Lunatic asylums Madras 1877-1891 - 1877-1891
Year: 1877
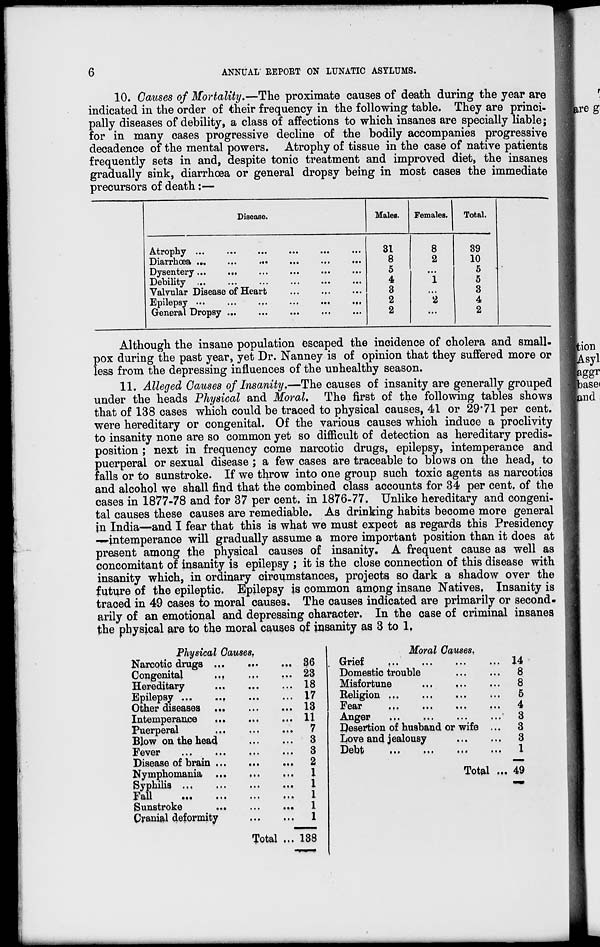
6
ANNUAL REPORT ON LUNATIC ASYLUMS.
10. Causes of Mortality.—The proximate causes of death during the year are
indicated in the order of their frequency in the following table. They are princi-
pally diseases of debility, a class of affections to which insanes are specially liable;
for in many cases progressive decline of the bodily accompanies progressive
decadence of the mental powers. Atrophy of tissue in the case of native patients
frequently sets in and, despite tonic treatment and improved diet, the insanes
gradually sink, diarrhoea or general dropsy being in most cases the immediate
precursors of death:—
Disease.
Atrophy
...
...
...
...
...
...
Diarrhœa ...
...
...
...
...
...
Dysentery...
...
...
...
...
...
Debility ...
...
... ... ... ...
Valvular Disease of Heart
...
...
...
Epilepsy
...
...
...
...
...
...
General Dropsy
...
...
...
...
...
Males.
31
8
5
4
3
2
2
Females.
8
2
...
1
...
2
...
Total.
39
10
5
5
3
4
2
Although the insane population escaped the incidence of cholera and small-
pox during the past year, yet Dr. Nanney is of opinion that they suffered more or
less from the depressing influences of the unhealthy season.
11. Alleged Causes of Insanity.—The causes of insanity are generally grouped
under the heads Physical and Moral. The first of the following tables shows
that of 138 cases which could be traced to physical causes, 41 or 29.71 per cent.
were hereditary or congenital. Of the various causes which induce a proclivity
to insanity none are so common yet so difficult of detection as hereditary predis-
position ; next in frequency come narcotic drugs, epilepsy, intemperance and
puerperal or sexual disease ; a few cases are traceable to blows on the head, to
falls or to sunstroke. If we throw into one group such toxic agents as narcotics
and alcohol we shall find that the combined class accounts for 34 per cent, of the
cases in 1877-78 and for 37 per cent. in 1876-77. Unlike hereditary and congeni-
tal causes these causes are remediable. As drinking habits become more general
in India—and I fear that this is what we must expect as regards this Presidency
—intemperance will gradually assume a more important position than it does at
present among the physical causes of insanity. A frequent cause as well as
concomitant of insanity is epilepsy ; it is the close connection of this disease with
insanity which, in ordinary circumstances, projects so dark a shadow over the
future of the epileptic. Epilepsy is common among insane Natives. Insanity is
traced in 49 cases to moral causes. The causes indicated are primarily or second.
arily of an emotional and depressing character. In the case of criminal insanes
the physical are to the moral causes of insanity as 3 to 1.
Physical Causes.
Narcotic drugs... ... ...
Congenital
...
...
...
Hereditary
...
...
...
Epilepsy
...
...
...
...
Other diseases
...
...
...
Intemperance
...
...
...
Puerperal
...
...
...
Blow on the head
...
...
...
Fever ... ... ... ...
Disease of brain
...
...
...
Nymphomania... ... ...
Syphilis...
...
...
...
Fall
...
...
...
...
Sunstroke
...
...
...
Cranial deformity
...
...
Total ...
36
23
18
17
13
11
7
3
3
2
1
1
1
1
1
138
Moral Causes.
Grief
...
...
...
...
Domestic trouble
...
...
Misfortune
...
...
...
Religion ... ... ... ...
Fear
...
...
...
...
Anger
...
... ... ...
Desertion of husband or wife ...
Love and jealousy
...
...
Debt
...
...
...
...
Total ...
14
8
8
5
4
3
3
3
1
49